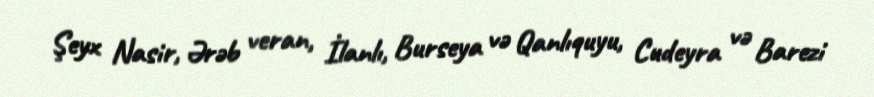
Şeyx Nasir, Ərəb veran, İlanlı, Burseya və Qanlıquyu, Cudeyra və Barezi